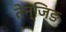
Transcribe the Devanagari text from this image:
तेन्जिङ